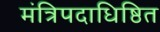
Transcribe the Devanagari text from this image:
मंत्रिपदाधिष्ठित